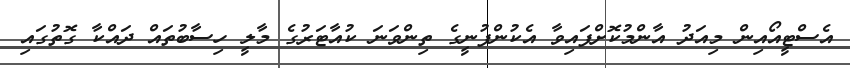
އެސްޓީއޯއިން މިއަދު އާންމުކޮށްފައިވާ އެކުންފުނީގެ ތިންވަނަ ކުއާޓަރުގެ މާލީ ހިސާބުތައް ދައްކާ ގޮތުގައި